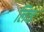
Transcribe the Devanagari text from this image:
लिव्‍ड